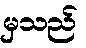
မှသည်